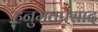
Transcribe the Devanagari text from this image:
हनुमतप्रसाद